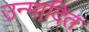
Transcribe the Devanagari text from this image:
उन्मादित